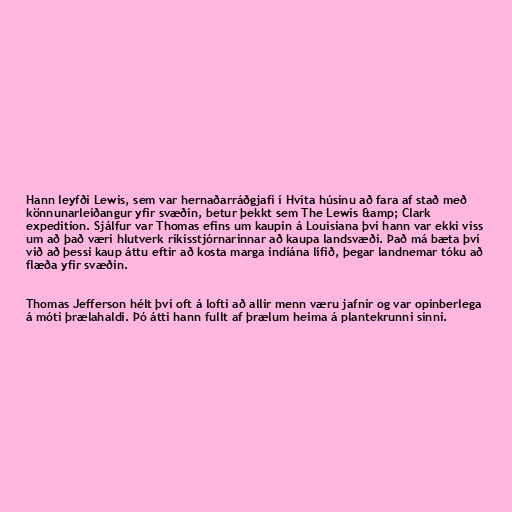
Hann leyfði Lewis, sem var hernaðarráðgjafi í Hvíta húsinu að fara af stað með
könnunarleiðangur yfir svæðin, betur þekkt sem The Lewis &amp; Clark
expedition. Sjálfur var Thomas efins um kaupin á Louisiana því hann var ekki viss
um að það væri hlutverk ríkisstjórnarinnar að kaupa landsvæði. Það má bæta því
við að þessi kaup áttu eftir að kosta marga indíána lífið, þegar landnemar tóku að
flæða yfir svæðin.

Thomas Jefferson hélt því oft á lofti að allir menn væru jafnir og var opinberlega
á móti þrælahaldi. Þó átti hann fullt af þrælum heima á plantekrunni sinni.